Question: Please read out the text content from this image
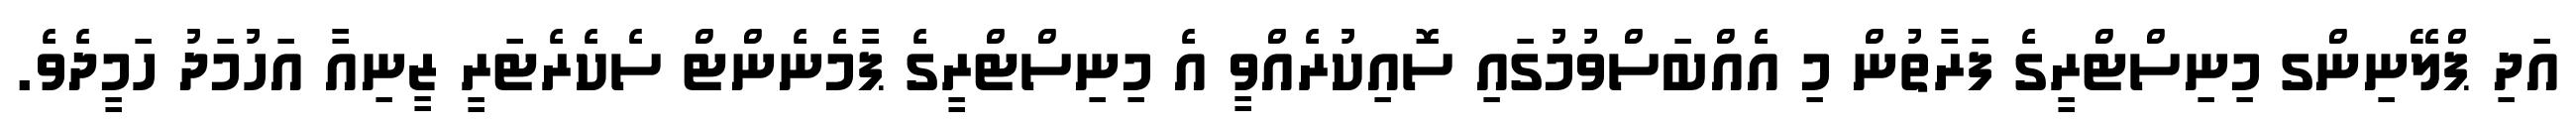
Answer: އަދި ޕްލޭނިންގ މިނިސްޓްރީގެ ފަރާތުން މި އެއްބަސްވުމުގައި ސޮއިކުރެއްވީ އެ މިނިސްޓްރީގެ ޕާމެނެންޓް ސެކެރެޓަރީ ޒީނިއާ އަހުމަދު ހަމީދެވެ.